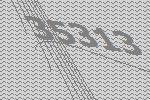
35313